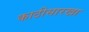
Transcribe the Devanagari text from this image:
काठीसारखा